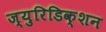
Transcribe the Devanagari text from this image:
ज्युरिडिक्शन